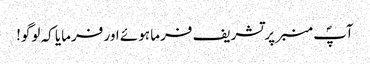
آپؐ منبر پر تشریف فرما ہوئے اور فرمایا کہ لوگو!